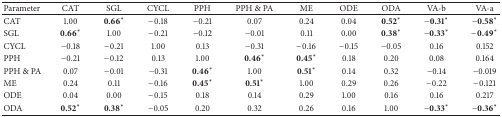
| Parameter | CAT | SGL | CYCL | PPH | PPH & PA | ME | ODE | ODA | VA-b | VA-a |
 | --- | --- | --- | --- | --- | --- | --- | --- | --- | --- | --- |
 | CAT | 1.00 | 0.66* | −0.18 | −0.21 | 0.07 | 0.24 | 0.04 | 0.52* | −0.31* | −0.58* |
 | SGL | 0.66* | 1.00 | −0.21 | −0.12 | −0.01 | 0.11 | 0.00 | 0.38* | −0.33* | −0.49* |
 | CYCL | −0.18 | −0.21 | 1.00 | 0.13 | −0.31 | −0.16 | −0.15 | −0.05 | 0.16 | 0.152 |
 | PPH | −0.21 | −0.12 | 0.13 | 1.00 | 0.46* | 0.45* | 0.18 | 0.20 | 0.08 | 0.164 |
 | PPH & PA | 0.07 | −0.01 | −0.31 | 0.46* | 1.00 | 0.51* | 0.14 | 0.32 | −0.14 | −0.019 |
 | ME | 0.24 | 0.11 | −0.16 | 0.45* | 0.51* | 1.00 | 0.29 | 0.26 | −0.22 | −0.121 |
 | ODE | 0.04 | 0.00 | −0.15 | 0.18 | 0.14 | 0.29 | 1.00 | 0.16 | 0.16 | 0.217 |
 | ODA | 0.52* | 0.38* | −0.05 | 0.20 | 0.32 | 0.26 | 0.16 | 1.00 | −0.33* | −0.36* |